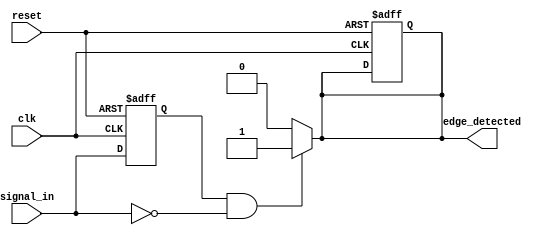
module negative_edge_detector (
    input wire clk,            // Clock signal
    input wire reset,          // Reset signal
    input wire signal_in,      // Input signal to monitor
    output reg edge_detected   // Output signal for edge detection
);

    reg signal_in_prev;        // Previous state of the input signal

    // Sequential logic to capture the previous state of signal_in on the rising edge of clk
    always @(posedge clk or posedge reset) begin
        if (reset) begin
            signal_in_prev <= 1'b0;  // Initialize to known state on reset
            edge_detected <= 1'b0;    // Ensure edge_detected is low on reset
        end else begin
            signal_in_prev <= signal_in; // Update previous state
        end
    end

    // Combinational logic to detect negative edge
    always @(*) begin
        if (signal_in_prev == 1'b1 && signal_in == 1'b0) begin
            edge_detected = 1'b1; // Negative edge detected
        end else begin
            edge_detected = 1'b0; // No negative edge
        end
    end

endmodule